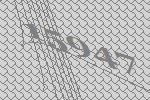
15947